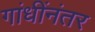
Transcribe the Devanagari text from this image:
गांधींनंतर